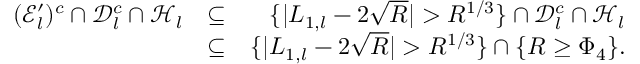
\begin{array} { r l r } { ( \mathscr { E } _ { l } ^ { \prime } ) ^ { c } \cap \mathcal { D } _ { l } ^ { c } \cap \mathcal { H } _ { l } } & { \subseteq } & { \{ | L _ { 1 , l } - 2 \sqrt { R } | > R ^ { 1 \slash 3 } \} \cap \mathcal { D } _ { l } ^ { c } \cap \mathcal { H } _ { l } } \\ & { \subseteq } & { \{ | L _ { 1 , l } - 2 \sqrt { R } | > R ^ { 1 \slash 3 } \} \cap \{ R \geq \Phi _ { 4 } \} . } \end{array}